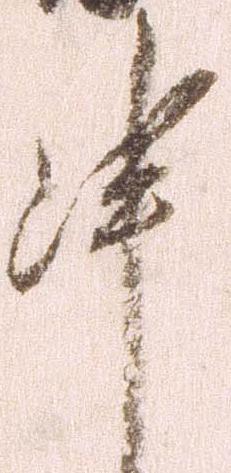
申